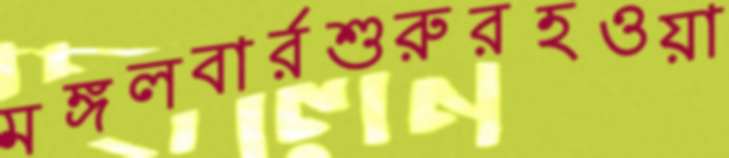
মঙ্গলবার্রশুরুরহওয়া